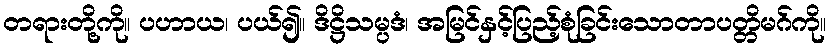
တရားတို့ကို။ ပဟာယ၊ ပယ်၍။ ဒိဋ္ဌိသမ္ပဒံ၊ အမြင်နှင့်ပြည့်စုံခြင်းသောတာပတ္တိမဂ်ကို။